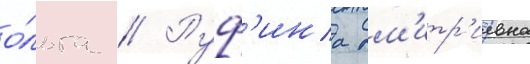
о́льга // Руф'ина дм'итр'иевна